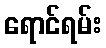
ရောင်ရမ်း